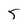
Character: 5